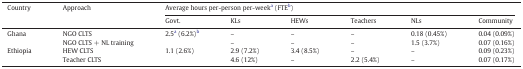
<table><thead><tr><td rowspan="2"><b>Country</b></td><td rowspan="2"><b>Approach</b></td><td colspan="6"><b>Average hours per-person per-weeka (FTEb)</b></td></tr><tr><td><b>Govt.</b></td><td><b>KLs</b></td><td><b>HEWs</b></td><td><b>Teachers</b></td><td><b>NLs</b></td><td><b>Community</b></td></tr></thead><tbody><tr><td rowspan="2">Ghana</td><td>NGO CLTS</td><td rowspan="2">2.5a (6.2%)b</td><td>–</td><td>–</td><td>–</td><td>0.18 (0.45%)</td><td>0.04 (0.09%)</td></tr><tr><td>NGO CLTS + NL training</td><td>–</td><td>–</td><td>–</td><td>1.5 (3.7%)</td><td>0.07 (0.16%)</td></tr><tr><td rowspan="2">Ethiopia</td><td>HEW CLTS</td><td rowspan="2">1.1 (2.6%)</td><td>2.9 (7.2%)</td><td>3.4 (8.5%)</td><td>–</td><td>–</td><td>0.09 (0.23%)</td></tr><tr><td>Teacher CLTS</td><td>4.6 (12%)</td><td>–</td><td>2.2 (5.4%)</td><td>–</td><td>0.07 (0.17%)</td></tr></tbody></table>